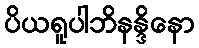
ပိယရူပါဘိနန္ဒိနော